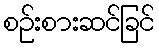
စဉ်းစားဆင်ခြင်